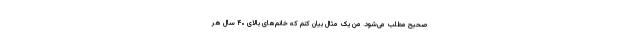
صحیح مطلب می‌شود. من یک مثال بیان کنم که خانم‌های بالای ۴۰ سال هر